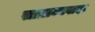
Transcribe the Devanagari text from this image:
साम्राज्यवाद।